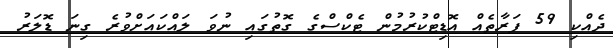
ދެއްކި 59 ފަރާތެއް އޮޑިޓްކުރުމުން ޓެކްސްގެ ގޮތުގައި ނުވަ ލައްކައަށްވުރެ ގިނަ ޑޮލަރު